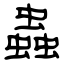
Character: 蟲